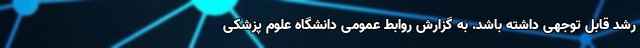
رشد قابل توجهی داشته باشد. به گزارش روابط عمومی دانشگاه علوم پزشکی